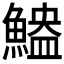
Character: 𫙬